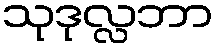
သုဒုလ္လဘာ